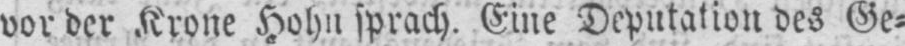
vor der Krone Hohn sprach. Eine Deputation des Ge⸗